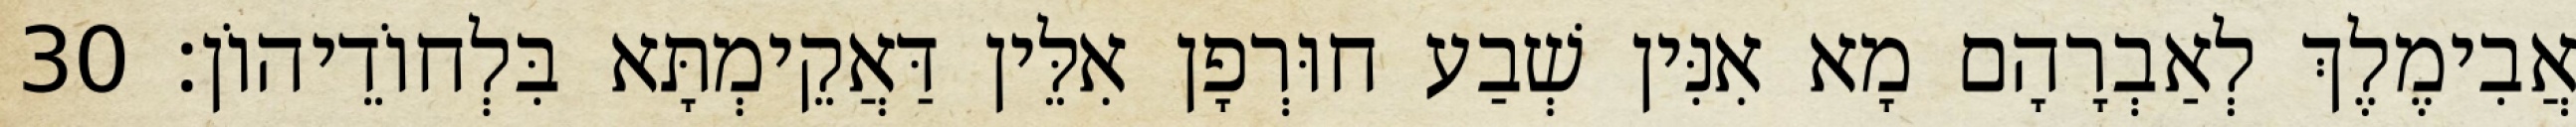
אֲבִימֶלֶךְ לְאַבְרָהָם מָא אִנִּין שְׁבַע חוּרְפָן אִלֵּין דַּאֲקֵימְתָּא בִּלְחוֹדֵיהוֹן׃ 30